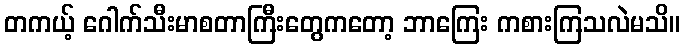
တကယ့် ဂေါက်သီးမာစတာကြီးတွေကတော့ ဘာကြေး ကစားကြသလဲမသိ။